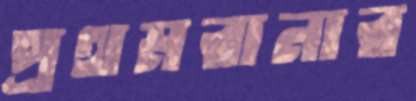
প্রথমরানার